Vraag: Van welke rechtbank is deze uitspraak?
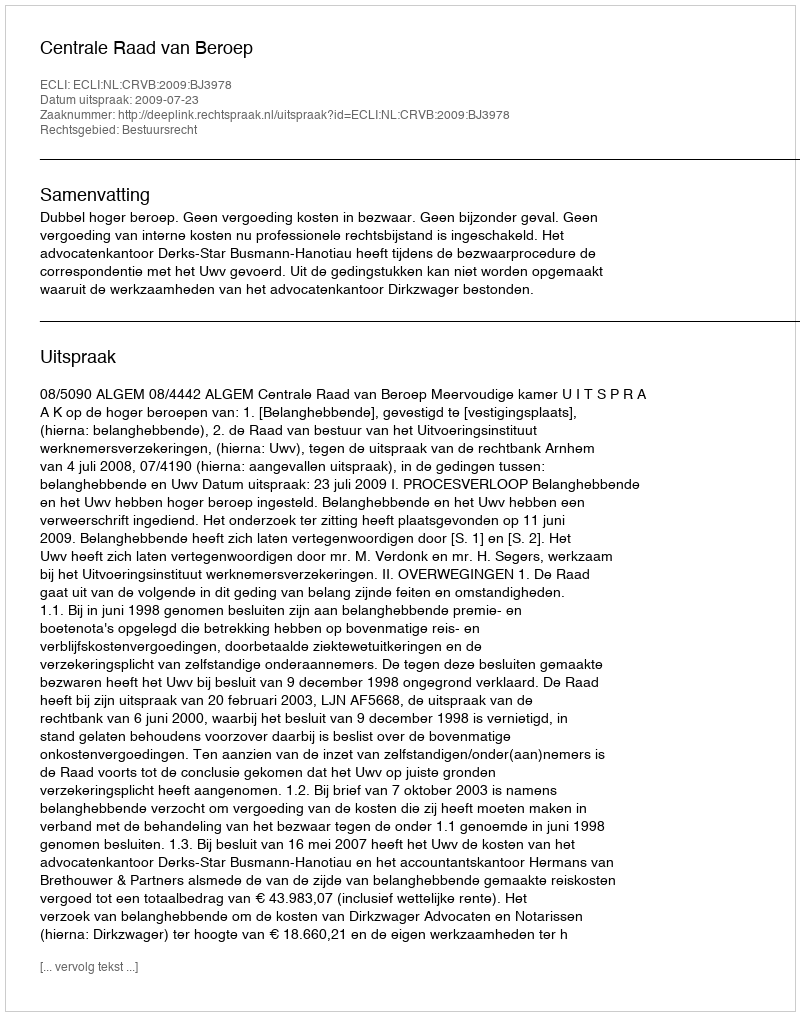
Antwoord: Centrale Raad van Beroep